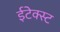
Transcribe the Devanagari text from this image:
ईटेक्स्ट